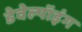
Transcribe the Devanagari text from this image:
डेवेल्पॉइंग